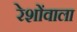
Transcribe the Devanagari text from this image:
रेशोंवाला